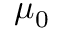
\mu _ { 0 }